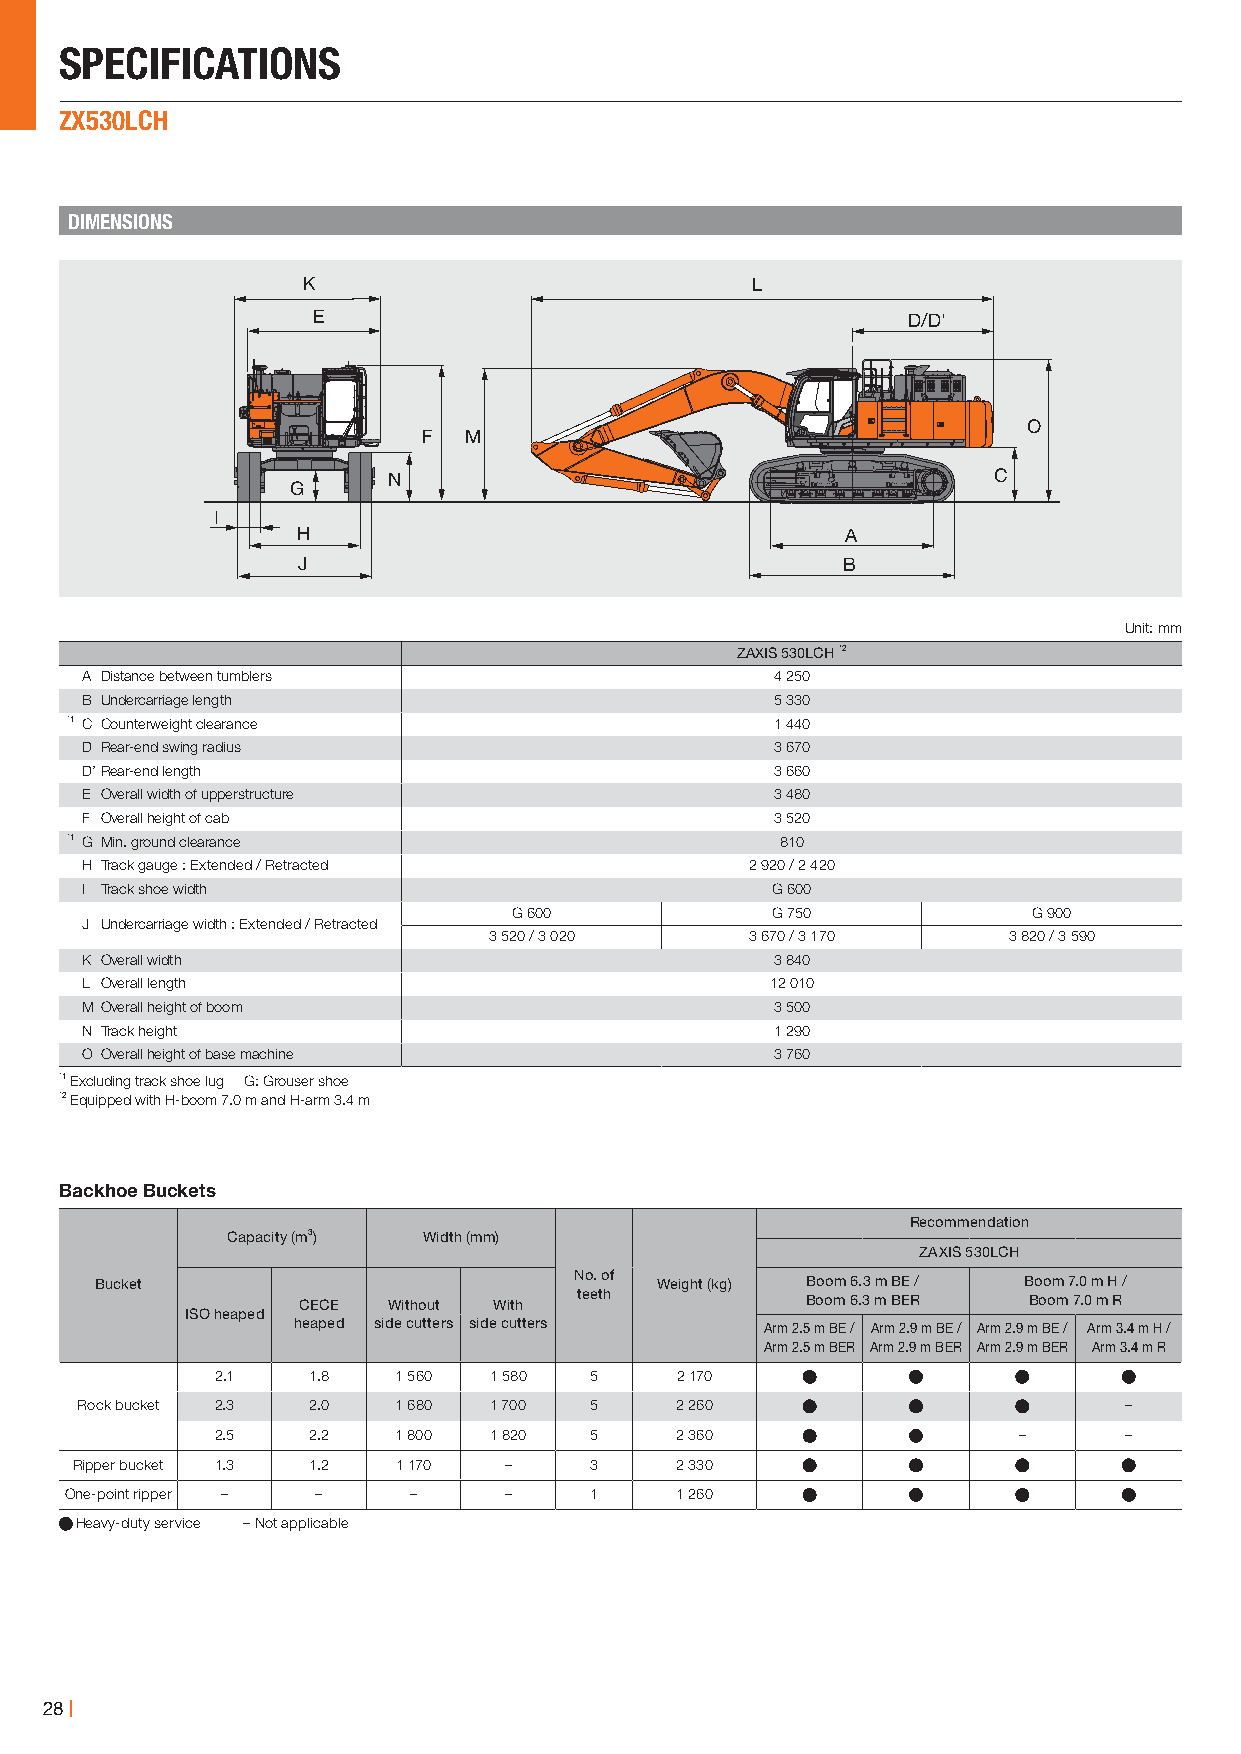
SPECIFICATIONS
 ZX530LCH
 DIMENSIONS
 K                             L
 E                                      D/D'
 O
 F  M
 N                                       C
 G
 I
 H                                   A
 J                                   B
 Unit: mm
 ZAXIS 530LCH *2
 A Distance between tumblers                   4 250
 B Undercarriage length                        5 330
 *1 C Counterweight clearance                   1 440
 D Rear-end swing radius                       3 670
 D’ Rear-end length                            3 660
 E Overall width of upperstructure             3 480
 F Overall height of cab                       3 520
 *1 G Min. ground clearance                      810
 H Track gauge : Extended / Retracted         2 920 / 2 420
 I Track shoe width                            G 600
 G 600            G 750            G 900
 J Undercarriage width : Extended / Retracted
 3 520 / 3 020     3 670 / 3 170    3 820 / 3 590
 K Overall width                               3 840
 L Overall length                              12 010
 M Overall height of boom                      3 500
 N Track height                                1 290
 O Overall height of base machine              3 760
 *1 Excluding track shoe lug G: Grouser shoe
 *2 Equipped with H-boom 7.0 m and H-arm 3.4 m
 Backhoe Buckets
 Recommendation
 Capacity (m3) Width (mm)
 ZAXIS 530LCH
 Bucket                          No. of Weight (kg) Boom 6.3 m BE / Boom 7.0 m H /
 CECE  Without With teeth         Boom 6.3 m BER Boom 7.0 m R
 ISO heaped
 heaped side cutters side cutters Arm 2.5 m BE / Arm 2.9 m BE / Arm 2.9 m BE / Arm 3.4 m H /
 Arm 2.5 m BER Arm 2.9 m BER Arm 2.9 m BER Arm 3.4 m R
 2.1   1.8   1 560 1 580  5     2 170
 Rock bucket 2.3 2.0  1 680 1 700  5     2 260                        –
 2.5   2.2   1 800 1 820  5     2 360                 –      –
 Ripper bucket 1.3 1.2 1 170 –     3     2 330
 One-point ripper – –   –     –     1     1 260
 Heavy-duty service – Not applicable
 28